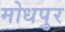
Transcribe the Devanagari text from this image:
मोधपुर